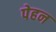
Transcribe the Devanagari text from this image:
पेहन